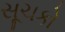
સૂચકો